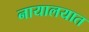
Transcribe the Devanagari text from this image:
नायालयात